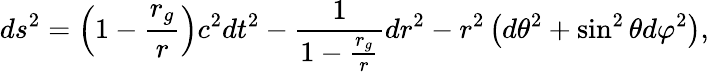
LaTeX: ds^{2}=\left(1-\frac{r_{g}}{r}\right)c^{2}dt^{2}-\frac{1}{1-\frac{r_{g}}{r}}dr^{2}-r^{2}\left(d\theta^{2}+\sin^{2}\theta d\varphi^{2}\right),